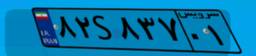
۱۱S۸۸۱۹۰